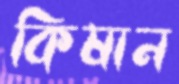
কিষান